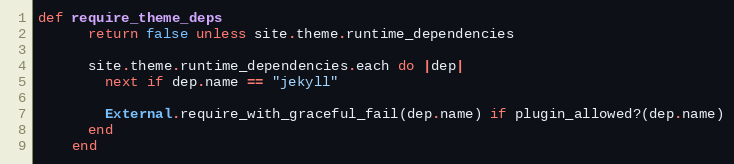
Language: Ruby
def require_theme_deps
      return false unless site.theme.runtime_dependencies

      site.theme.runtime_dependencies.each do |dep|
        next if dep.name == "jekyll"

        External.require_with_graceful_fail(dep.name) if plugin_allowed?(dep.name)
      end
    end